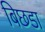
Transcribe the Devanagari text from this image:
बिछडा